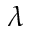
\lambda